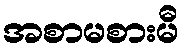
အစာမစားမီ